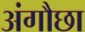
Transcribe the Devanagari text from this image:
अंगौछा